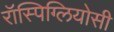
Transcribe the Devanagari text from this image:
रॉस्पिग्लियोसी